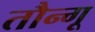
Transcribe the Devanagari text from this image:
तौन्गू